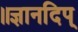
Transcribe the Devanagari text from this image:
॥ज्ञानदिप्